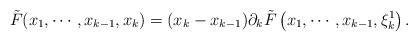
LaTeX: \begin{align*}\tilde{F}(x_1,\cdots,x_{k-1},x_k)=(x_k-x_{k-1})\partial_k\tilde{F}\left(x_1,\cdots,x_{k-1},\xi_k^1\right).\end{align*}